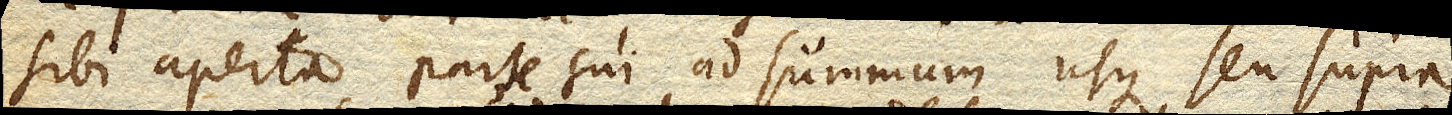
sibi aperta parte sui ad summum usque seu supra,